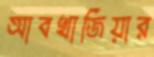
আবখাজিয়ার